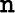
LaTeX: \mathtt{n}